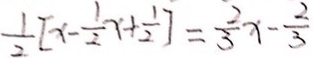
\frac { 1 } { 2 } [ x - \frac { 1 } { 2 } x + \frac { 1 } { 2 } ] = \frac { 2 } { 3 } x - \frac { 2 } { 3 }